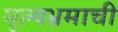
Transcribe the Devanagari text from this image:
मूल्यभ्रमाची